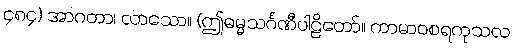
၄၈၄) အာဂတာ၊ လာသော။ (ဤဓမ္မသင်္ဂဏီပါဠိတော်။ ကာမာဝစရကုသလ